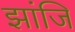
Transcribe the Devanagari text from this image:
झांजि